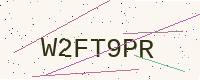
Text: W2FT9PR